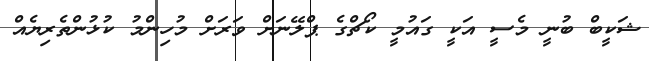
ޝަކީބް ބުނީ މެސީ އަކީ ގައުމީ ކޯޗްގެ ޕްލޭނަށް ވަރަށް މުހިންމު ކުޅުންތެރިޔެއް